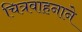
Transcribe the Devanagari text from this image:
चित्रवाहनाने